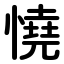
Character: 憢